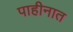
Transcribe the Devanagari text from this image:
पाहीनात